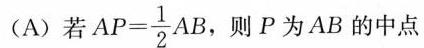
(A)若 $$AP= \frac{1}{2}AE$$ ，则P为AB的中点